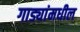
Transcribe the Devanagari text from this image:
गाड्यांमधील